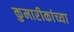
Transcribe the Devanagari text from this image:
कुमारीकांच्या